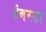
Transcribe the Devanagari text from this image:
हंबरडा